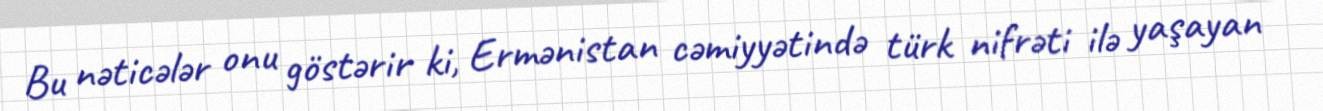
Bu nəticələr onu göstərir ki, Ermənistan cəmiyyətində türk nifrəti ilə yaşayan